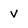
Character: v